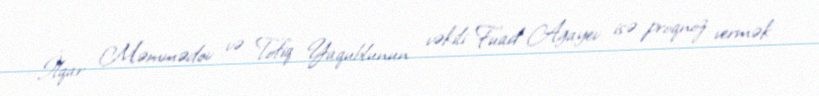
İlqar Məmmədov və Tofiq Yaqublunun vəkili Fuad Ağayev isə proqnoz vermək